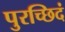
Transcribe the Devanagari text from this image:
पुरच्छिदं